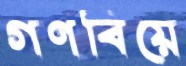
গণবিয়ে